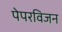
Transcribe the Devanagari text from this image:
पेपरविजन